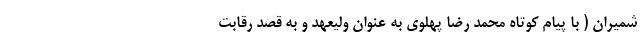
شمیران ( با پیام کوتاه محمد رضا پهلوی به عنوان ولیعهد و به قصد رقابت